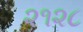
૨૧૨૮